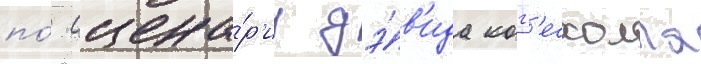
по́ сцена́р'иу дэ́в'ида когг'есхолла